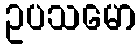
ဥပသမော